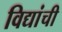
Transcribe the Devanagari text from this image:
विद्यांची